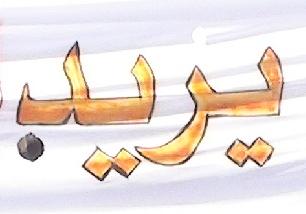
يريد